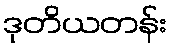
ဒုတိယတန်း